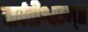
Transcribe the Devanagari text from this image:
पार्वतीश्वरम्॥